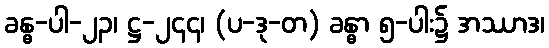
ခန္ဓ-ပါ-၂၃၊ ဋ္ဌ-၂၄၄၊ (ပ-ဒု-တ) ခန္ဓာ ၅-ပါး၌ အဿာဒ၊